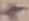
Text: +